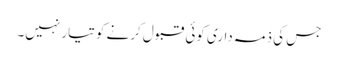
جس کی ذمہ داری کوئی قبول کرنے کو تیار نہیں۔